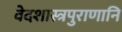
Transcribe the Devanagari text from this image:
वेदशास्त्रपुराणानि